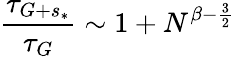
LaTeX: \frac{\tau_{G+s_{*}}}{\tau_{G}}\sim 1+N^{\beta-\frac{3}{2}}